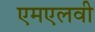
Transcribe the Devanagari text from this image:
एमएलवी